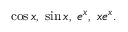
\cos x , \; \sin x , \; e ^ { x } , \; x e ^ { x } .